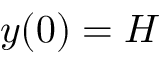
y ( 0 ) = H